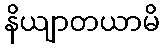
နိယျာတယာမိ